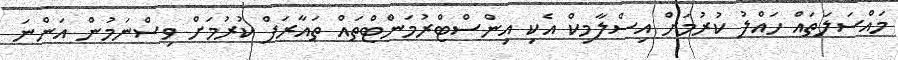
މައްސަލަތައް ހައްލު ކުރުމަށް އިސްލާމިކް އެކި އިންސްޓްރުމަންޓްތައް ތައާރަފް ކުރުމަށް ވިސްނަމުން އަންނަ